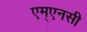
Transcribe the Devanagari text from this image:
एम्एनसी